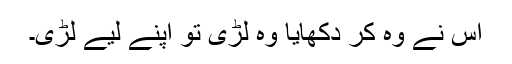
اس نے وہ کر دکھایا وہ لڑی تو اپنے لیے لڑی۔